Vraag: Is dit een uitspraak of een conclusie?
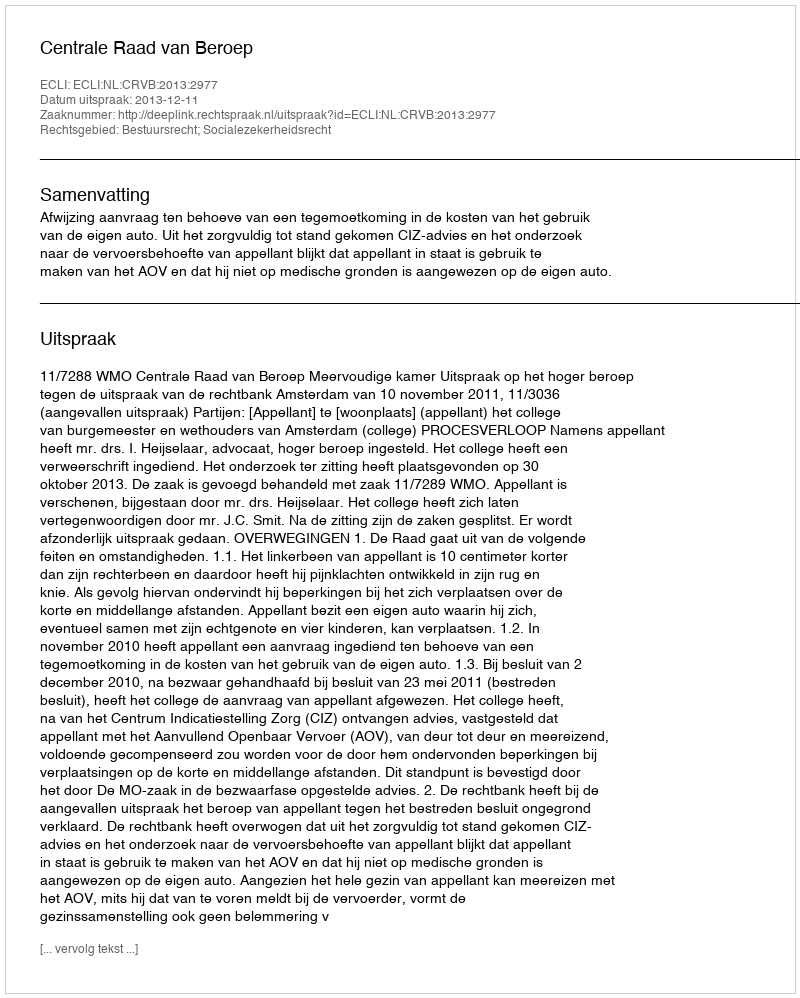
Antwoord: Uitspraak